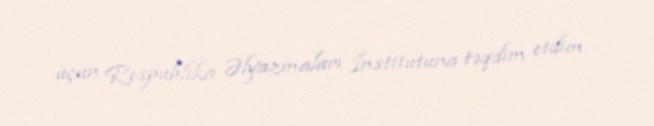
üçün Respublika Əlyazmaları İnstitutuna təqdim etdim.